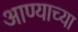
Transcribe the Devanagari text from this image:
आण्याच्या